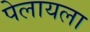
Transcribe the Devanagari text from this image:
पेलायला